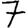
Digit: 7